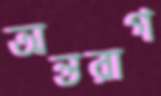
অন্তরাগ